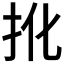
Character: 𢪎